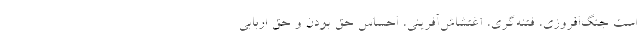
است جنگ‌افروزی، فتنه‌گری، اغتشاش‌آفرینی، احساس حق بودن و حق اربابی